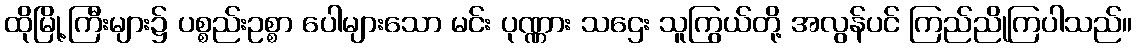
ထိုမြို့ကြီးများ၌ ပစ္စည်းဥစ္စာ ပေါများသော မင်း ပုဏ္ဏား သဌေး သူကြွယ်တို့ အလွန်ပင် ကြည်ညိုကြပါသည်။